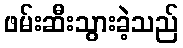
ဖမ်းဆီးသွားခဲ့သည်